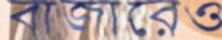
বাজারেও